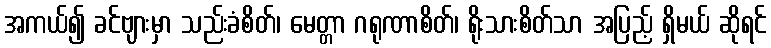
အကယ်၍ ခင်ဗျားမှာ သည်းခံစိတ်၊ မေတ္တာ ဂရုဏာစိတ်၊ ရိုးသားစိတ်သာ အပြည့် ရှိမယ် ဆိုရင်